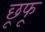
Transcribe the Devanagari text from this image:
छूफू